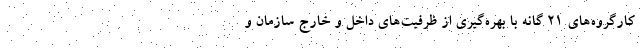
کارگروه‌های ۲۱ گانه با بهره‌گیری از ظرفیت‌های داخل و خارج سازمان و